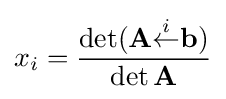
x_{i}={\frac {\det(\mathbf {A} {\stackrel {i}{\leftarrow }}\mathbf {b} )}{\det \mathbf {A} }}